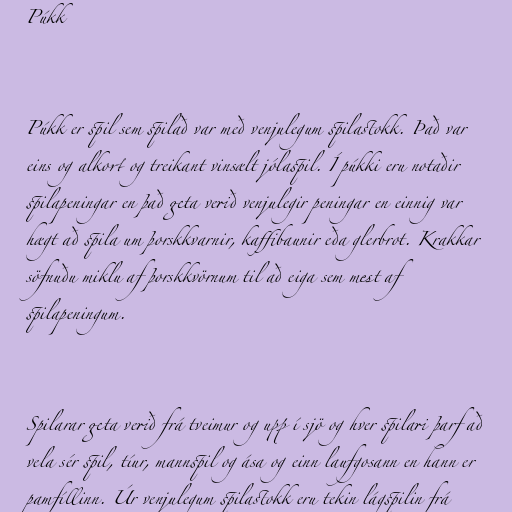
Púkk

Púkk er spil sem spilað var með venjulegum spilastokk. Það var
eins og alkort og treikant vinsælt jólaspil. Í púkki eru notaðir
spilapeningar en það geta verið venjulegir peningar en einnig var
hægt að spila um þorskkvarnir, kaffibaunir eða glerbrot. Krakkar
söfnuðu miklu af þorskkvörnum til að eiga sem mest af
spilapeningum.

Spilarar geta verið frá tveimur og upp í sjö og hver spilari þarf að
vela sér spil, tíur, mannspil og ása og einn laufgosann en hann er
pamfíllinn. Úr venjulegum spilastokk eru tekin lágspilin frá